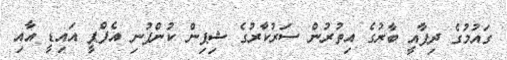
ގައުމުގެ ދިފާއީ ބާރުގެ އިތުރުން ސަރުކާރުގެ ޝިޕިން ކުންފުނި އެފްޕީ އައިޑީ އާއި